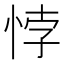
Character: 悖